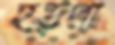
হড়পা